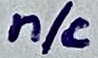
Text: n/c